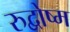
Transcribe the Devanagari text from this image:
रुद्वोष्म